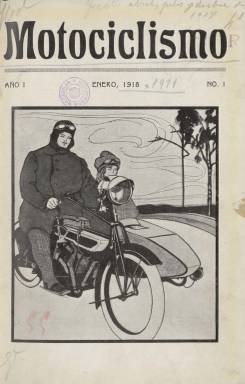
Título: Motociclismo (Madrid. 1918)
Colección: Automovilismo
Ámbito geográfico: Madrid
Lugar de publicación: Madrid
Fechas: 01/01/1918-31/03/1921

Revista mensual e ilustrada, que comienza a publicarse en enero de 1918 como “boletín oficial” del Real Moto Club Español (R.M.C.E.), que tenía como fines fomentar el deporte de la motocicleta, organizando carreras y concursos; el turismo motorista, con la organización de excursiones, y procurar el mayor beneficio para sus asociados, gestionando la facilidad de tracción, la rebaja de impuestos o el arreglo de carreteras. La revista estará dirigida por Emilio Vicente Arche, que era secretario del club, presidido, primero, por Andrés Fernández Cuervo, y, después, por Juan Vitórica.

Tendrá una sección oficial, en la que insertará el reglamento del club, el listado de sus socios, las altas y bajas de nuevos miembros, las pruebas, concursos, circuitos y campeonatos que organiza, como el de la Copa de S.M. el Rey; y publicará crónicas sobre las excursiones que lleva a cabo, como las organizadas por tierras leonesas y asturianas o por tierras castellanas o los Picos de Europa. También informará sobre las actividades del Real Moto Club establecido en Cataluña, y de otras actividades del motociclismo en otros países.

Así mismo, tendrá otra sección técnica, en la que escriben especialistas, como el ingeniero industrial Rafael Amatriain, sobre La gasolina y sus sustitutos; o de carácter lúdico, como la motocicleta como medio para el fomento del turismo español. Algunos de los autores de sus textos son Edmundo Lázaro, Constantino Bernaldo de Quirós, Daniel González o José E. Zabala.

Resalta de esta revista su carácter ilustrado, al insertar numerosos fotograbados de dibujos, pero sobre todo de fotografías de vistas de carreteras, espacios naturales o pueblos pintorescos que eran visitados en las excursiones, así como algunos retratos de algunos de los pilotos que compitieron, y mapas de las zonas visitadas elaborados especialmente para la revista.

Sus entregas tienen paginación variable, en torno a la veintena de páginas, que eran estampadas en los Talleres Tipográficos Stampa, S.A., combinando el papel cuché con el papel prensa, y con cubierta. Inicia su secuencia numérica cada año. Compuesta a una columna, en 1919, su paginación será continuada y editará números dobles. También edita otros dos extraordinarios, en enero y febrero de 1920, dedicado el primero al proyecto de refugio en la Sierra de Guadarrama.

Inserta también publicidad comercial, y se repartía gratuitamente a los socios del club y entidades deportivas de España. La colección de este título en la Biblioteca Nacional de España no está completa, y la última entrega es triple (números 1, 2 y 3), correspondiente al primer trimestre de 1921, y la más voluminosa, pues alcanza hasta las setenta páginas.